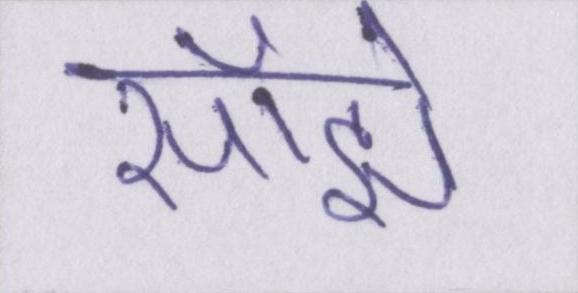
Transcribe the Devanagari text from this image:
साँझे